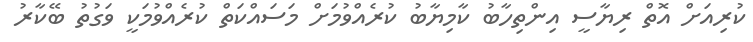
ކުރިއަށް އޮތް ރިޔާސީ އިންތިހާބު ކާމިޔާބު ކުރެއްވުމަށް މަސައްކަތް ކުރެއްވުމަކީ ވަގުތު ބޭކާރު